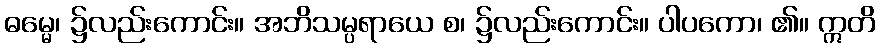
ဓမ္မေ၊ ၌လည်းကောင်း။ အဘိသမ္ပရာယေ စ၊ ၌လည်းကောင်း။ ပါပကော၊ ၏။ ဣတိ